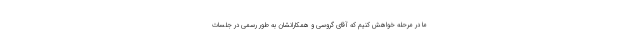
ما در مرحله خواهش کنیم که آقای گروسی و همکارانشان به طور رسمی در جلسات